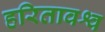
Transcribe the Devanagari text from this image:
हरितावश्व